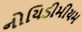
નોયિડીમીયમ